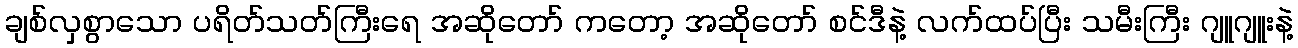
ချစ်လှစွာသော ပရိတ်သတ်ကြီးရေ အဆိုတော် ကတော့ အဆိုတော် စင်ဒီနဲ့ လက်ထပ်ပြီး သမီးကြီး ဂျူဂျူးနဲ့